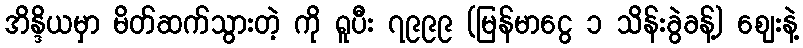
အိန္ဒိယမှာ မိတ်ဆက်သွားတဲ့ ကို ရူပီး ၇၉၉၉ (မြန်မာငွေ ၁ သိန်းခွဲခန့်) ဈေးနဲ့